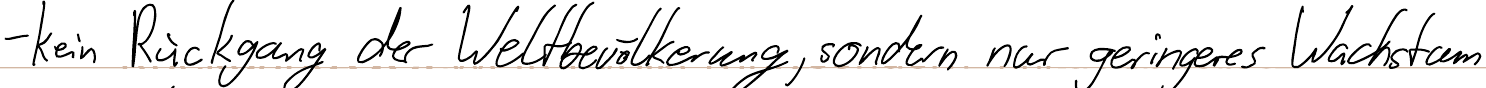
- kein Rückgang der Weltbevölkerung, sondern nur geringeres Wachstum